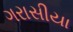
ગરાસીયા